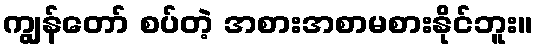
ကျွန်တော် စပ်တဲ့ အစားအစာမစားနိုင်ဘူး။